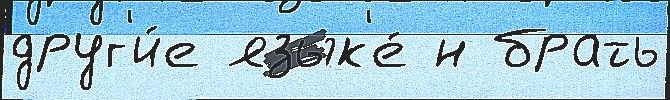
друг'и́е язык'е́ н брать